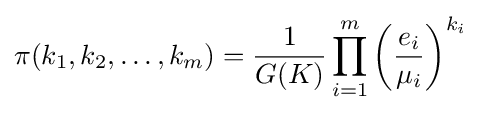
\pi (k_{1},k_{2},\ldots ,k_{m})={\frac {1}{G(K)}}\prod _{i=1}^{m}\left({\frac {e_{i}}{\mu _{i}}}\right)^{k_{i}}